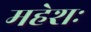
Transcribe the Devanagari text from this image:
महेशः